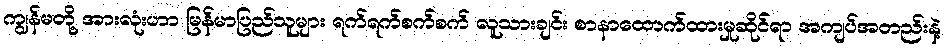
ကျွန်မတို့ အားလုံးဟာ မြန်မာပြည်သူများ ရက်ရက်စက်စက် လူသားချင်း စာနာထောက်ထားမှုဆိုင်ရာ အကျပ်အတည်းနဲ့